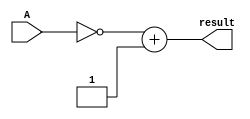
module negate(input wire [31:0] A, output wire [31:0] result);


//invert all bits and add 1
assign result = ~A + 1;

endmodule